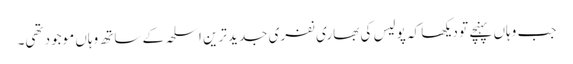
جب وہاں پہنچے تو دیکھا کہ پولیس کی بھاری نفری جدید ترین اسلحہ کے ساتھ وہاں موجود تھی۔